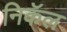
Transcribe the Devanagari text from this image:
निकॅल